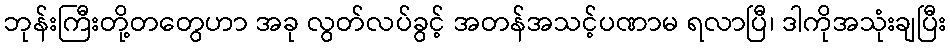
ဘုန်းကြီးတို့တတွေဟာ အခု လွတ်လပ်ခွင့် အတန်အသင့်ပဏာမ ရလာပြီ၊ ဒါကိုအသုံးချပြီး